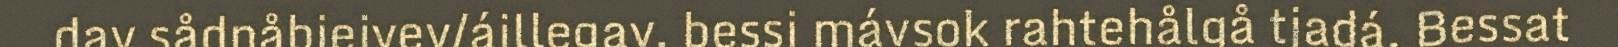
dav sådnåbiejvev/ájllegav, bessi mávsok rahtehålgå tjadá. Bessat